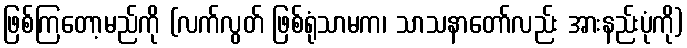
ဖြစ်ကြတော့မည်ကို (လက်လွတ် ဖြစ်ရုံသာမက၊ သာသနာတော်လည်း အားနည်းပုံကို)